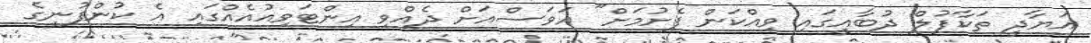
އަޔާދީ ތަކާފުލް ދުބާއީގައި ވިއްކަން ފެށުމަށް" އަވަސްއަށް ދެއްވި އިންޓަވިއުއެއްގައި އެ ކުންފުނީގެ